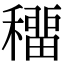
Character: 𥢋